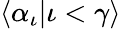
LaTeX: \langle\alpha_{\iota}|\iota<\gamma\rangle